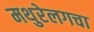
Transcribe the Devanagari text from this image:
मथुरेलगचा